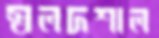
স্বলদশাল